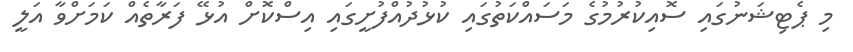
މި ޕެޓިޝަނުގައި ސޮއިކުރުމުގެ މަސައްކަތުގައި ކުޅުދުއްފުށީގައި އިސްކޮށް އުޅޭ ފަރާތެއް ކަމަށްވާ އަލީ